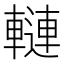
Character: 轋